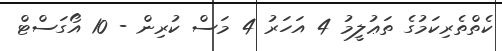
ކެތްތެރިކަމުގެ ތަޢުލީމު 4 އަހަރު 4 މަސް ކުރިން - 10 އޯގަސްޓް